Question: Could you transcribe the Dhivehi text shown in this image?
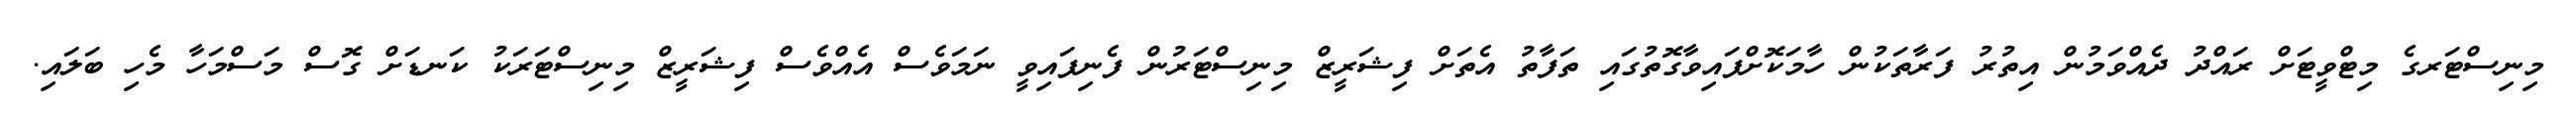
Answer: މިނިސްޓަރގެ މިޓްވީޓަށް ރައްދު ދެއްވަމުން އިތުރު ފަރާތަކުން ހާމަކޮށްފައިވާގޮތުގައި ތަފާތު އެތަށް ފިޝަރީޒް މިނިސްޓަރުން ފެނިފައިވީ ނަމަވެސް އެއްވެސް ފިޝަރީޒް މިނިސްޓަރަކު ކަނޑަށް ގޮސް މަސްމަހާ މެހި ބަލައި.